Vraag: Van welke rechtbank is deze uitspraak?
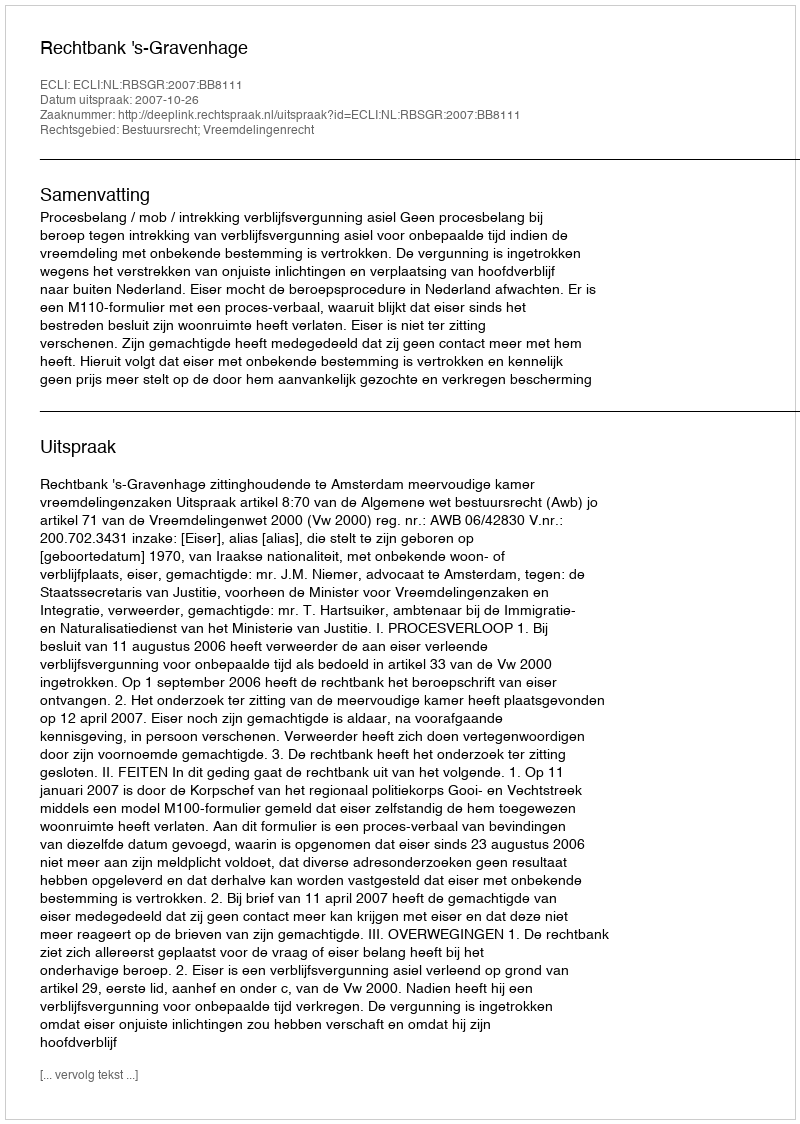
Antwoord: Rechtbank 's-Gravenhage